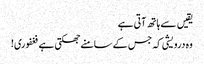
یقیں سے ہاتھ آتی ہے
وہ درویشی کہ جس کے سامنے جھکتی ہے فغفوری!